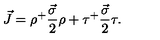
\vec { J } = \rho ^ { + } \frac { \vec { \sigma } } { 2 } \rho + \tau ^ { + } \frac { \vec { \sigma } } { 2 } \tau .